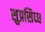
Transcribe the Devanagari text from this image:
सुप्रसिध्ध